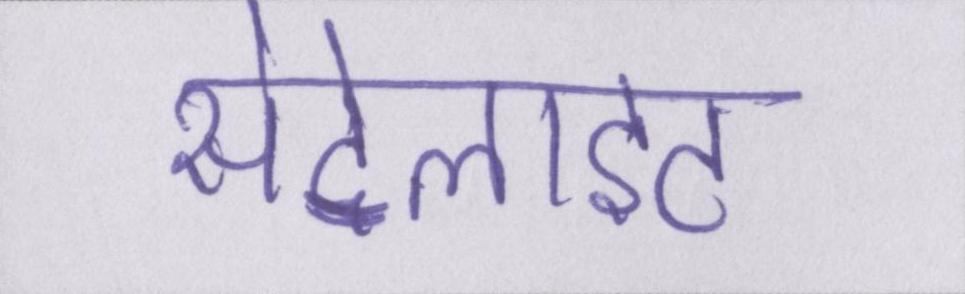
सेटेलाइट